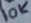
Text: 10K